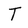
Character: T